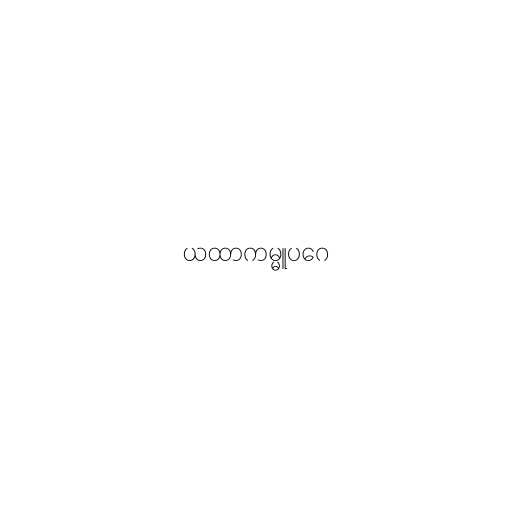
ယထာကမ္မူပဂေ